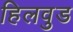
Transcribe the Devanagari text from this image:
हिलवुड